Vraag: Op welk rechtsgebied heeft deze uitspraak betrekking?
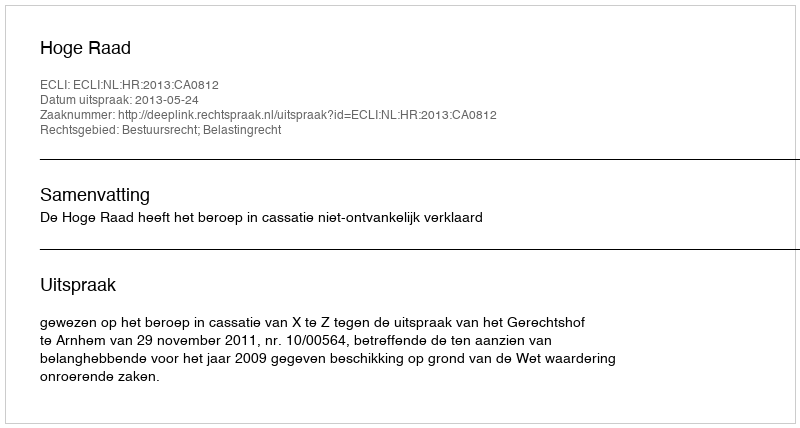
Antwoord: Bestuursrecht; Belastingrecht